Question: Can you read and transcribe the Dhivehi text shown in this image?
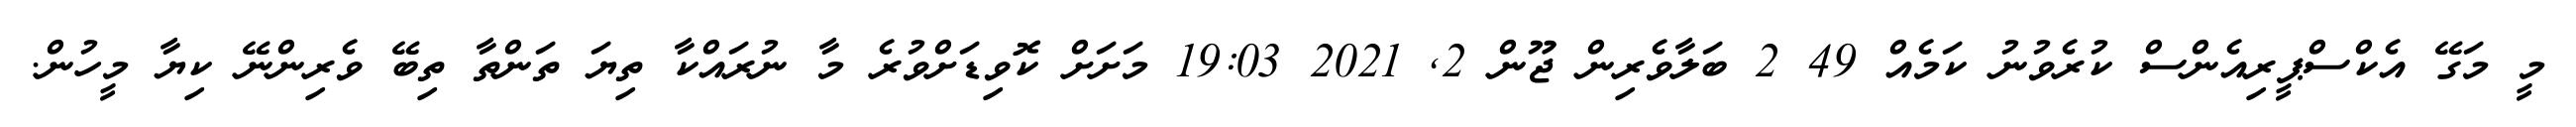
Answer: މީ މަގޭ އެކްސްޕީރިއެންސް ކުރެވުނު ކަމެއް 49 2 ބަލާވެރިން ޖޫން 2, 2021 19:03 މަށަށް ކޮވިޑަށްވުރެ މާ ނުރައްކާ ތިޔަ ތަންތާ ތިބޭ ވެރިންނޭ ކިޔާ މީހުން.